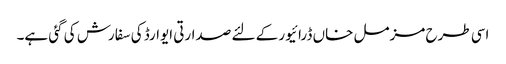
اسی طرح مزمل خاں ڈرائیور کے لئے صدارتی ایوارڈ کی سفارش کی گئی ہے۔